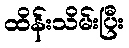
ထိန်းသိမ်းပြီး